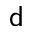
{ \sf d }